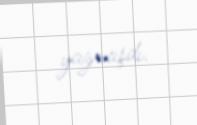
yazmışdı.